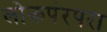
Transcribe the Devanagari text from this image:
लोकपंरपरा